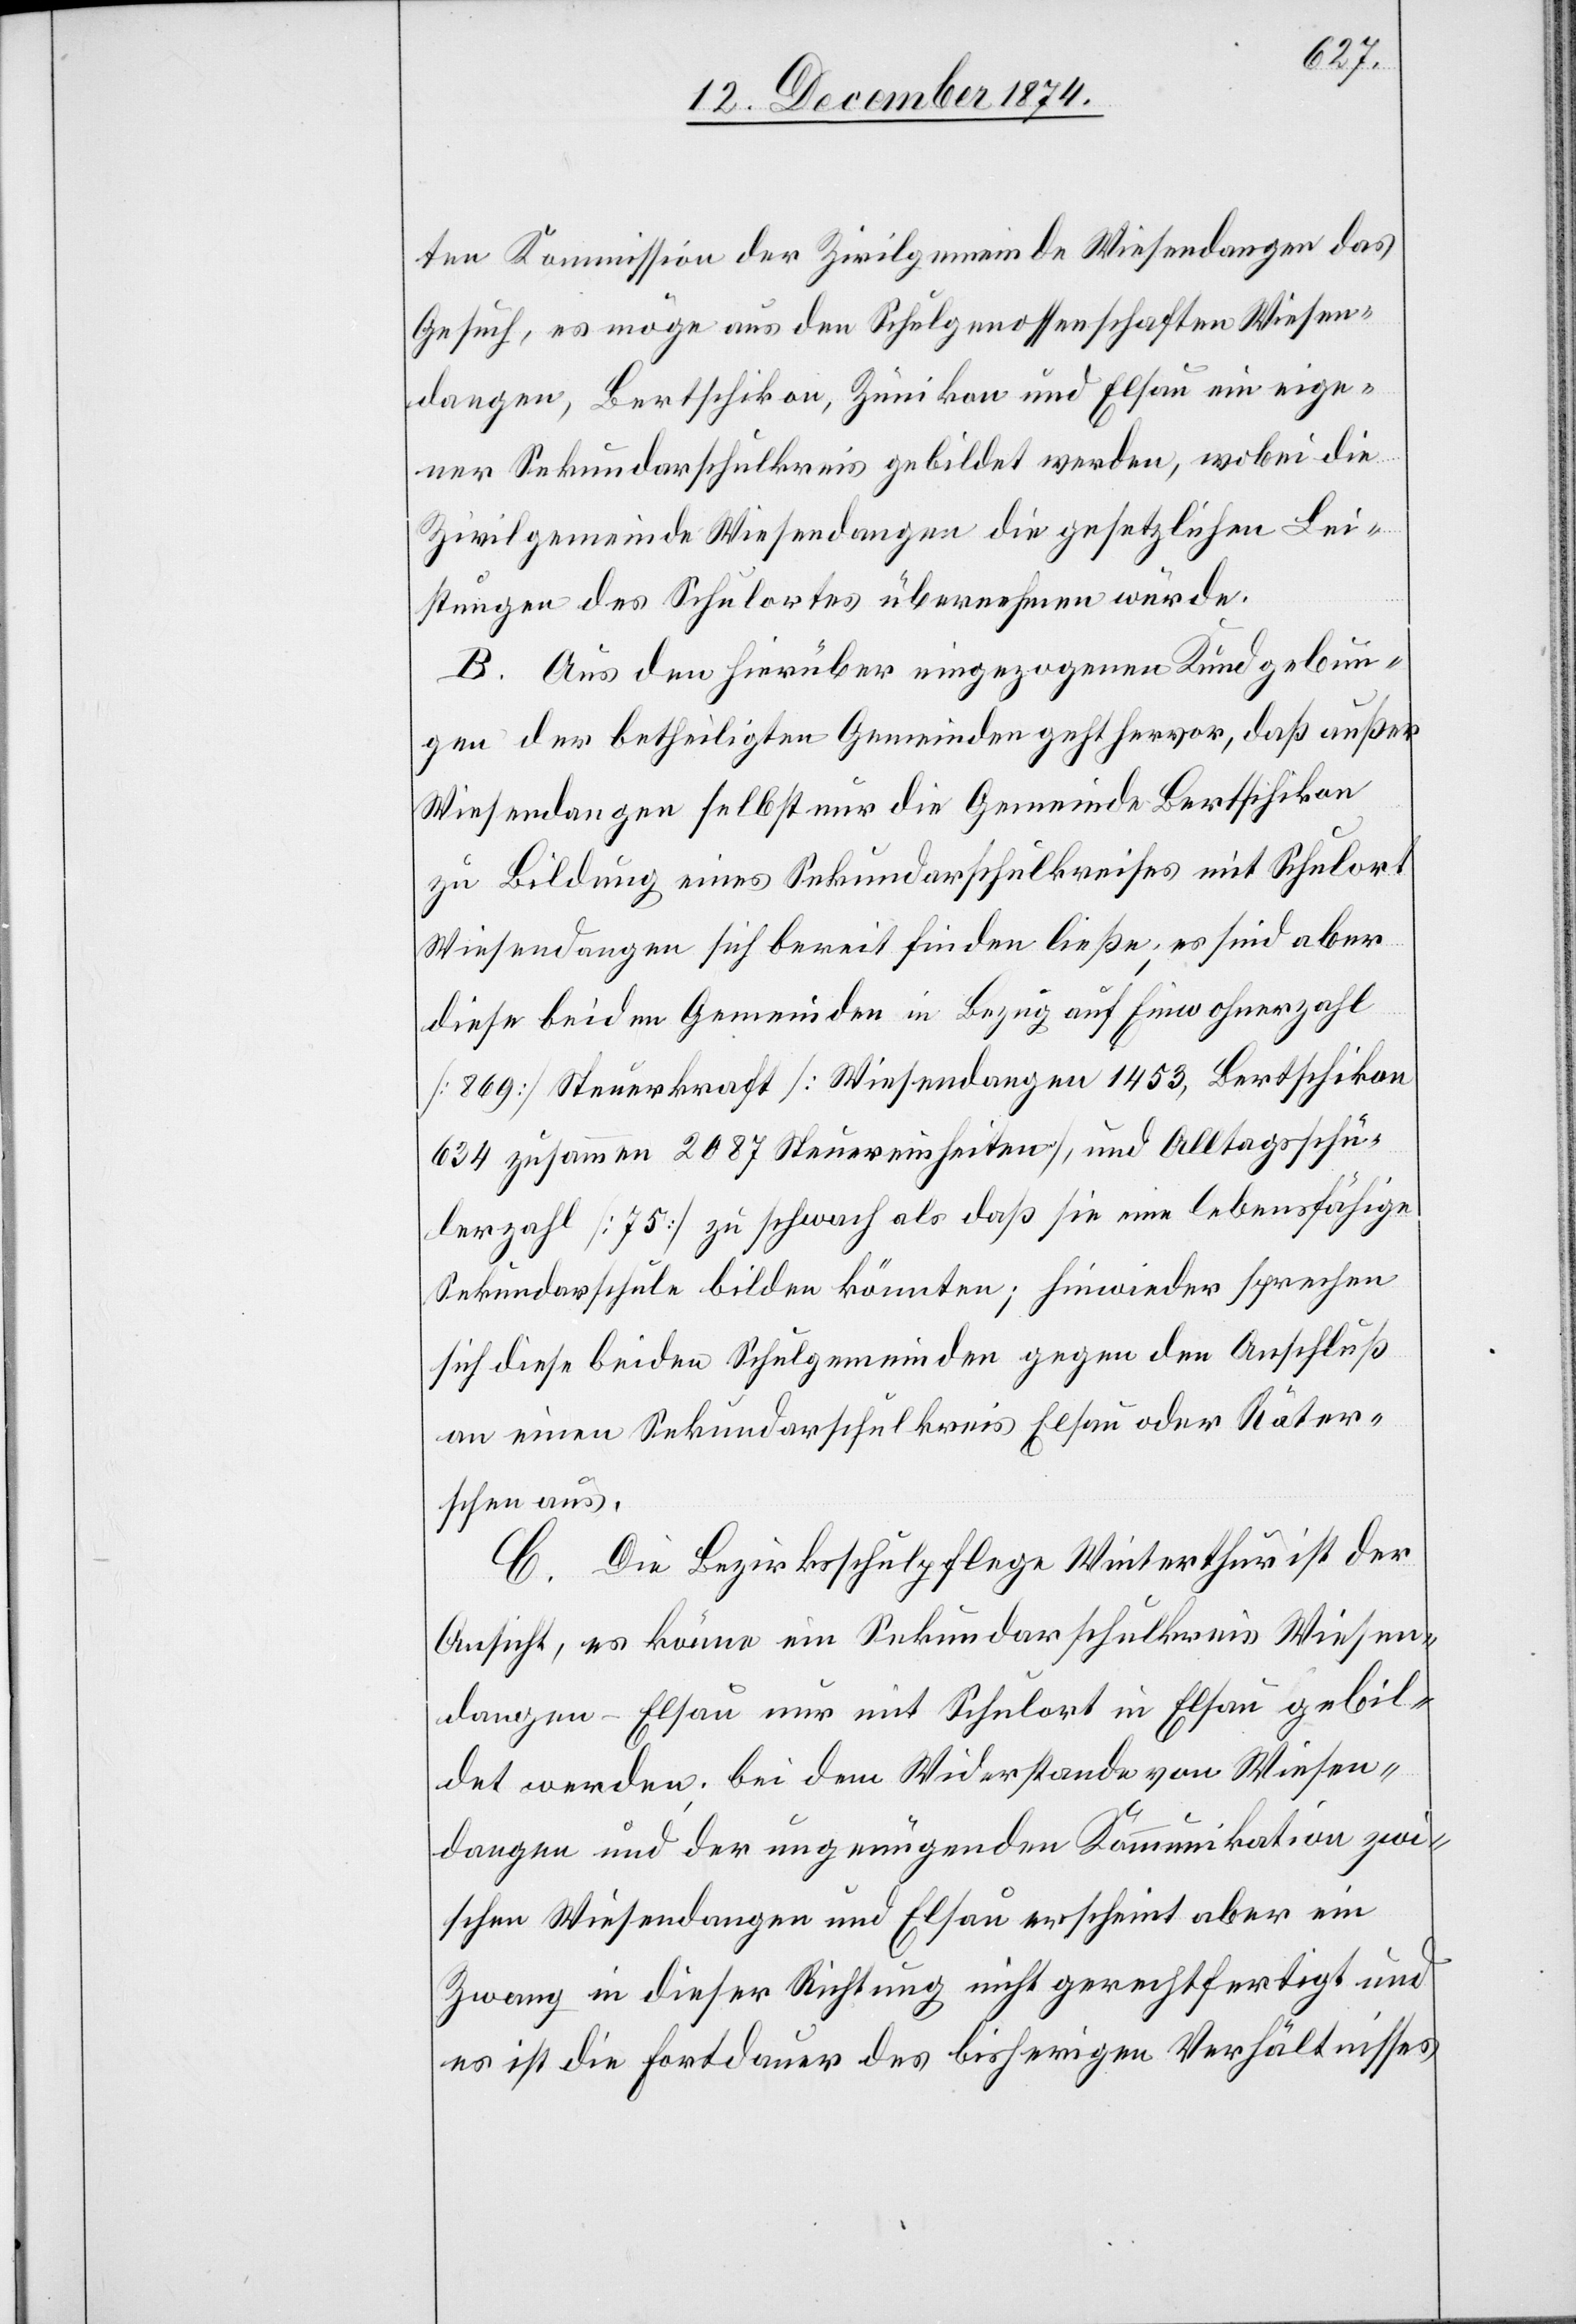
ten Kommission der Zivilgemeinde Wiesendangen das
Gesuch, es möge aus den Schulgenossenschaften Wiesen¬
dangen, Bertschikon, Zünikon und Elsau ein eige¬
ner Sekundarschulkreis gebildet werden, wobei die
Zivilgemeinde Wiesendangen die gesetzlichen Lei¬
stungen des Schulortes übernehmen würde.
B. Aus den hierüber eingezogenen Kundgebun¬
gen der betheiligten Gemeinden geht hervor, daß außer
Wiesendangen selbst nur die Gemeinde Bertschikon
zu[r] Bildung eines Sekundarschulkreises mit Schulort
Wiesendangen sich bereit finden ließe; es sind aber
diese beiden Gemeinden in Bezug auf Einwohnerzahl
[869] Steuerkraft [Wiesendangen 1453, Bertschikon
634[,] zusammen 2087 Steuereinheiten], und Alltagsschü¬
lerzahl [75] zu schwach als daß sie ein lebensfähige
Sekundarschule bilden könnten; hinwieder sprechen
sich dies beiden Schulgemeinden gegen den Anschluß
an einen Sekundarschulkreis Elsau oder Räter¬
schen aus.
C. Die Bezirksschulpflege Winterthur ist der
Ansicht, es könne ein Sekundarschulkreis Wiesen¬
dangen-Elsau nur mit Schulort in Elsau gebil¬
det werden; bei dem Widerstande von Wiesen¬
dangen und der ungenügenden Kommunikation zwi¬
schen Wiesendangen und Elsau erscheint aber ein
Zwang in dieser Richtung nicht gerechtfertigt und
es ist die Fortdauer des bisherigen Verhältnisses